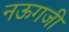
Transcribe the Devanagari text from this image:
नऊगजी